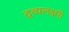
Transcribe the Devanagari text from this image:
द्वव्यलक्ष्मी